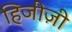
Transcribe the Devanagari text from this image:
हिजीज़ी